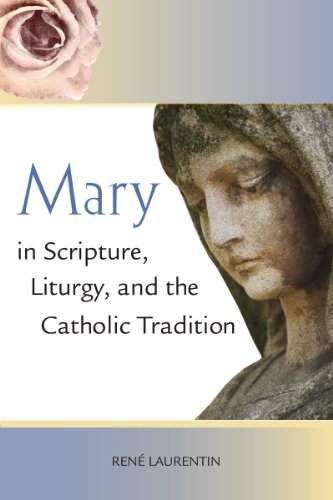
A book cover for Mary in Scripture, Liturgy, and the Catholic Tradition; RenÃ© Laurentin; Christian Books & Bibles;